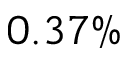
0 . 3 7 \%